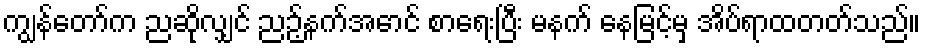
ကျွန်တော်က ညဆိုလျှင် ညဉ့်နက်အောင် စာရေးပြီး မနက် နေမြင့်မှ အိပ်ရာထတတ်သည်။